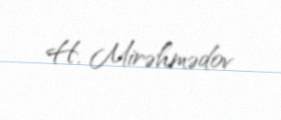
H. Mirəhmədov